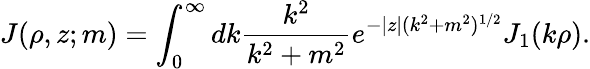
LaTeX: J(\rho,z;m)=\int_{0}^{\infty}dk\frac{k^{2}}{k^{2}+m^{2}}e^{-|z|(k^{2}+m^{2})^{1/2}}J_{1}(k\rho).